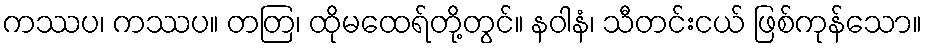
ကဿပ၊ ကဿပ။ တတြ၊ ထိုမထေရ်တို့တွင်။ နဝါနံ၊ သီတင်းငယ် ဖြစ်ကုန်သော။